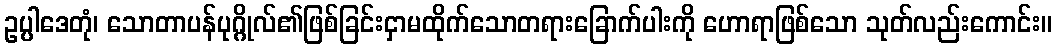
ဥပ္ပါဒေတုံ၊ သောတာပန်ပုဂ္ဂိုလ်၏ဖြစ်ခြင်းငှာမထိုက်သောတရားခြောက်ပါးကို ဟောရာဖြစ်သော သုတ်လည်းကောင်း။